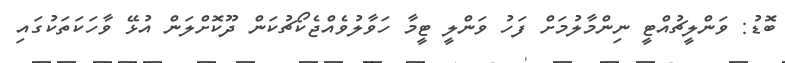
ބޮޑު: ވަންލީޗުއްޓީ ނިންމާލުމަށް ފަހު ވަންލީ ޓީމާ ހަވާލުވެއްޖެކޯޗުކަން ދޫކޮށްލަން އުޅޭ ވާހަކަތަކުގައި